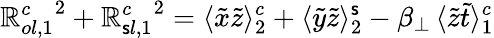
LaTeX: {\mathbb{R}_{ol,1}^{c}}^{2}+{\mathbb{R}_{\mathsf{s}l,1}^{c}}^{2}=\langle\tilde{{x}}\tilde{{z}}\rangle_{2}^{c}+\langle\tilde{{y}}\tilde{{z}}\rangle_{2}^{\mathsf{s}}-\beta_{\perp}\, \langle\tilde{{z}}\tilde{{t}}\rangle_{1}^{c}